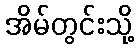
အိမ်တွင်းသို့